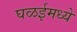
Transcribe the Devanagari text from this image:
घळईमध्ये